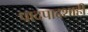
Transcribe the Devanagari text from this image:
पादपादशाही